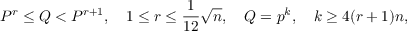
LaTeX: P ^ { r } \leq Q < P ^ { r + 1 } , \quad 1 \leq r \leq { \frac { 1 } { 1 2 } } { \sqrt { n } } , \quad Q = p ^ { k } , \quad k \geq 4 ( r + 1 ) n ,